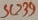
Text: SC239